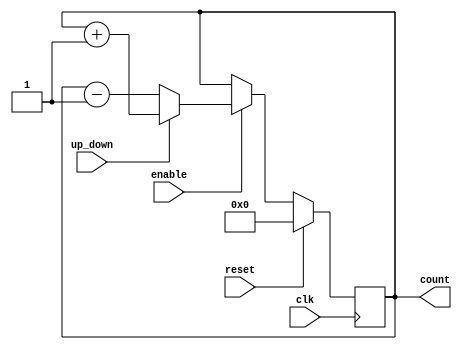
module UpDownCounter (
    input clk,
    input reset,
    input enable,
    input up_down,
    output reg [3:0] count
);

always @(posedge clk) begin
    if (reset) begin
        count <= 4'b0000;
    end else begin
        if (enable) begin
            if (up_down) begin
                count <= count + 1;
            end else begin
                count <= count - 1;
            end
        end
    end
end

endmodule